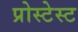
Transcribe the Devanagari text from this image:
प्रोस्टेस्ट